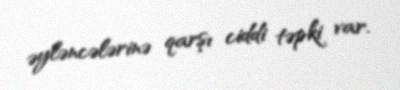
əyləncələrinə qarşı ciddi təpki var.